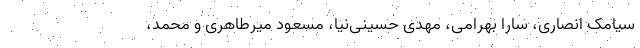
سیامک انصاری، سارا بهرامی، مهدی حسینی‌نیا، مسعود میرطاهری و محمد،